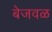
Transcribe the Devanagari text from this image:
बेजवळ